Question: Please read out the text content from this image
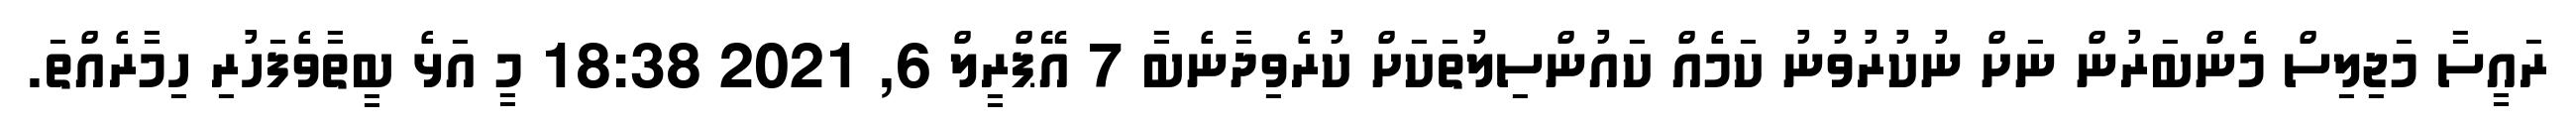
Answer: ރައީސާ މަޖިލިސް މެންބަރުން ނަށް ނުކުރުވުނު ކަމެއް ކައުންސިލުތަކަށް ކުރެވިދާނެބާ 7 އޭޕްރީލް 6, 2021 18:38 މީ އަޅެ ބީތާވެފަހުރި ހިމާރެއްތަ.